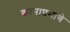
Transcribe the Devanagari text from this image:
कानाप्रमाणे